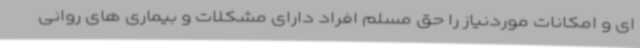
ای و امکانات موردنیاز را حق مسلم افراد دارای مشکلات و بیماری های روانی